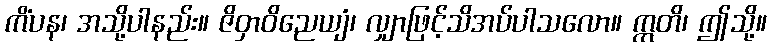
ကိံပန၊ အသို့ပါနည်း။ ဇိဝှာဝိညေယျံ၊ လျှာဖြင့်သိအပ်ပါသလော။ ဣတိ၊ ဤသို့။